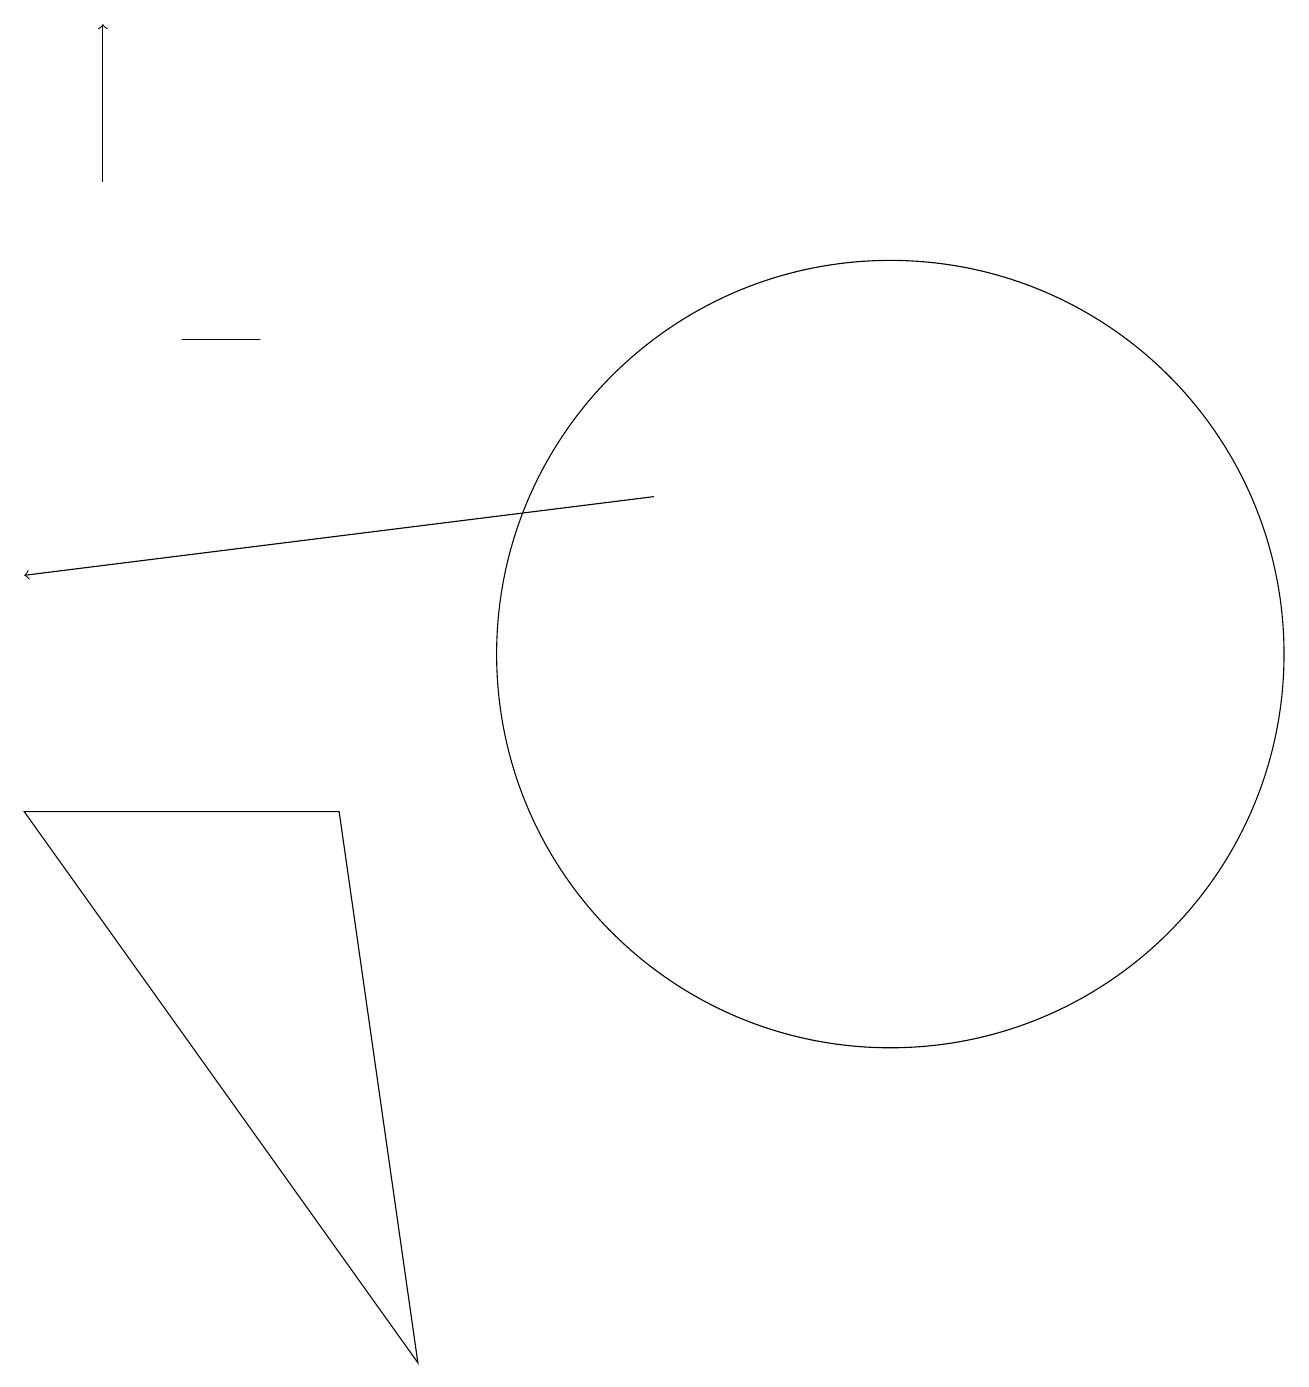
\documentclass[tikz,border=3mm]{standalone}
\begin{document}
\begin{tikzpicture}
\draw (11,11) circle (5);
\draw[->] (1,17) -- (1,19);
\draw[->] (8,13) -- (0,12);
\draw (4,9) -- (0,9) -- (5,2) -- cycle;
\draw (2,15) rectangle (3,15);
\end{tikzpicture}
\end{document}